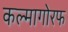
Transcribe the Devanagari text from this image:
कल्मागोरफ